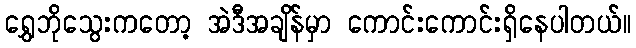
ရွှေဘိုသွေးကတော့ အဲဒီအချိန်မှာ ကောင်းကောင်းရှိနေပါတယ်။